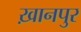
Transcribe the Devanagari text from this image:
ख़ानपुर